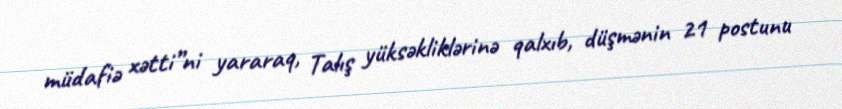
müdafiə xətti”ni yararaq, Talış yüksəkliklərinə qalxıb, düşmənin 21 postunu